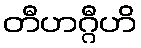
တီဟဂ္ဂီဟိ